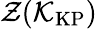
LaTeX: \mathcal{Z}(\mathcal{K}_{\mathrm{KP}})